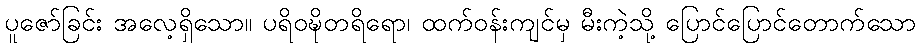
ပူဇော်ခြင်း အလေ့ရှိသော။ ပရိဝဍ္ဎိတရိရော၊ ထက်ဝန်းကျင်မှ မီးကဲ့သို့ ပြောင်ပြောင်တောက်သော